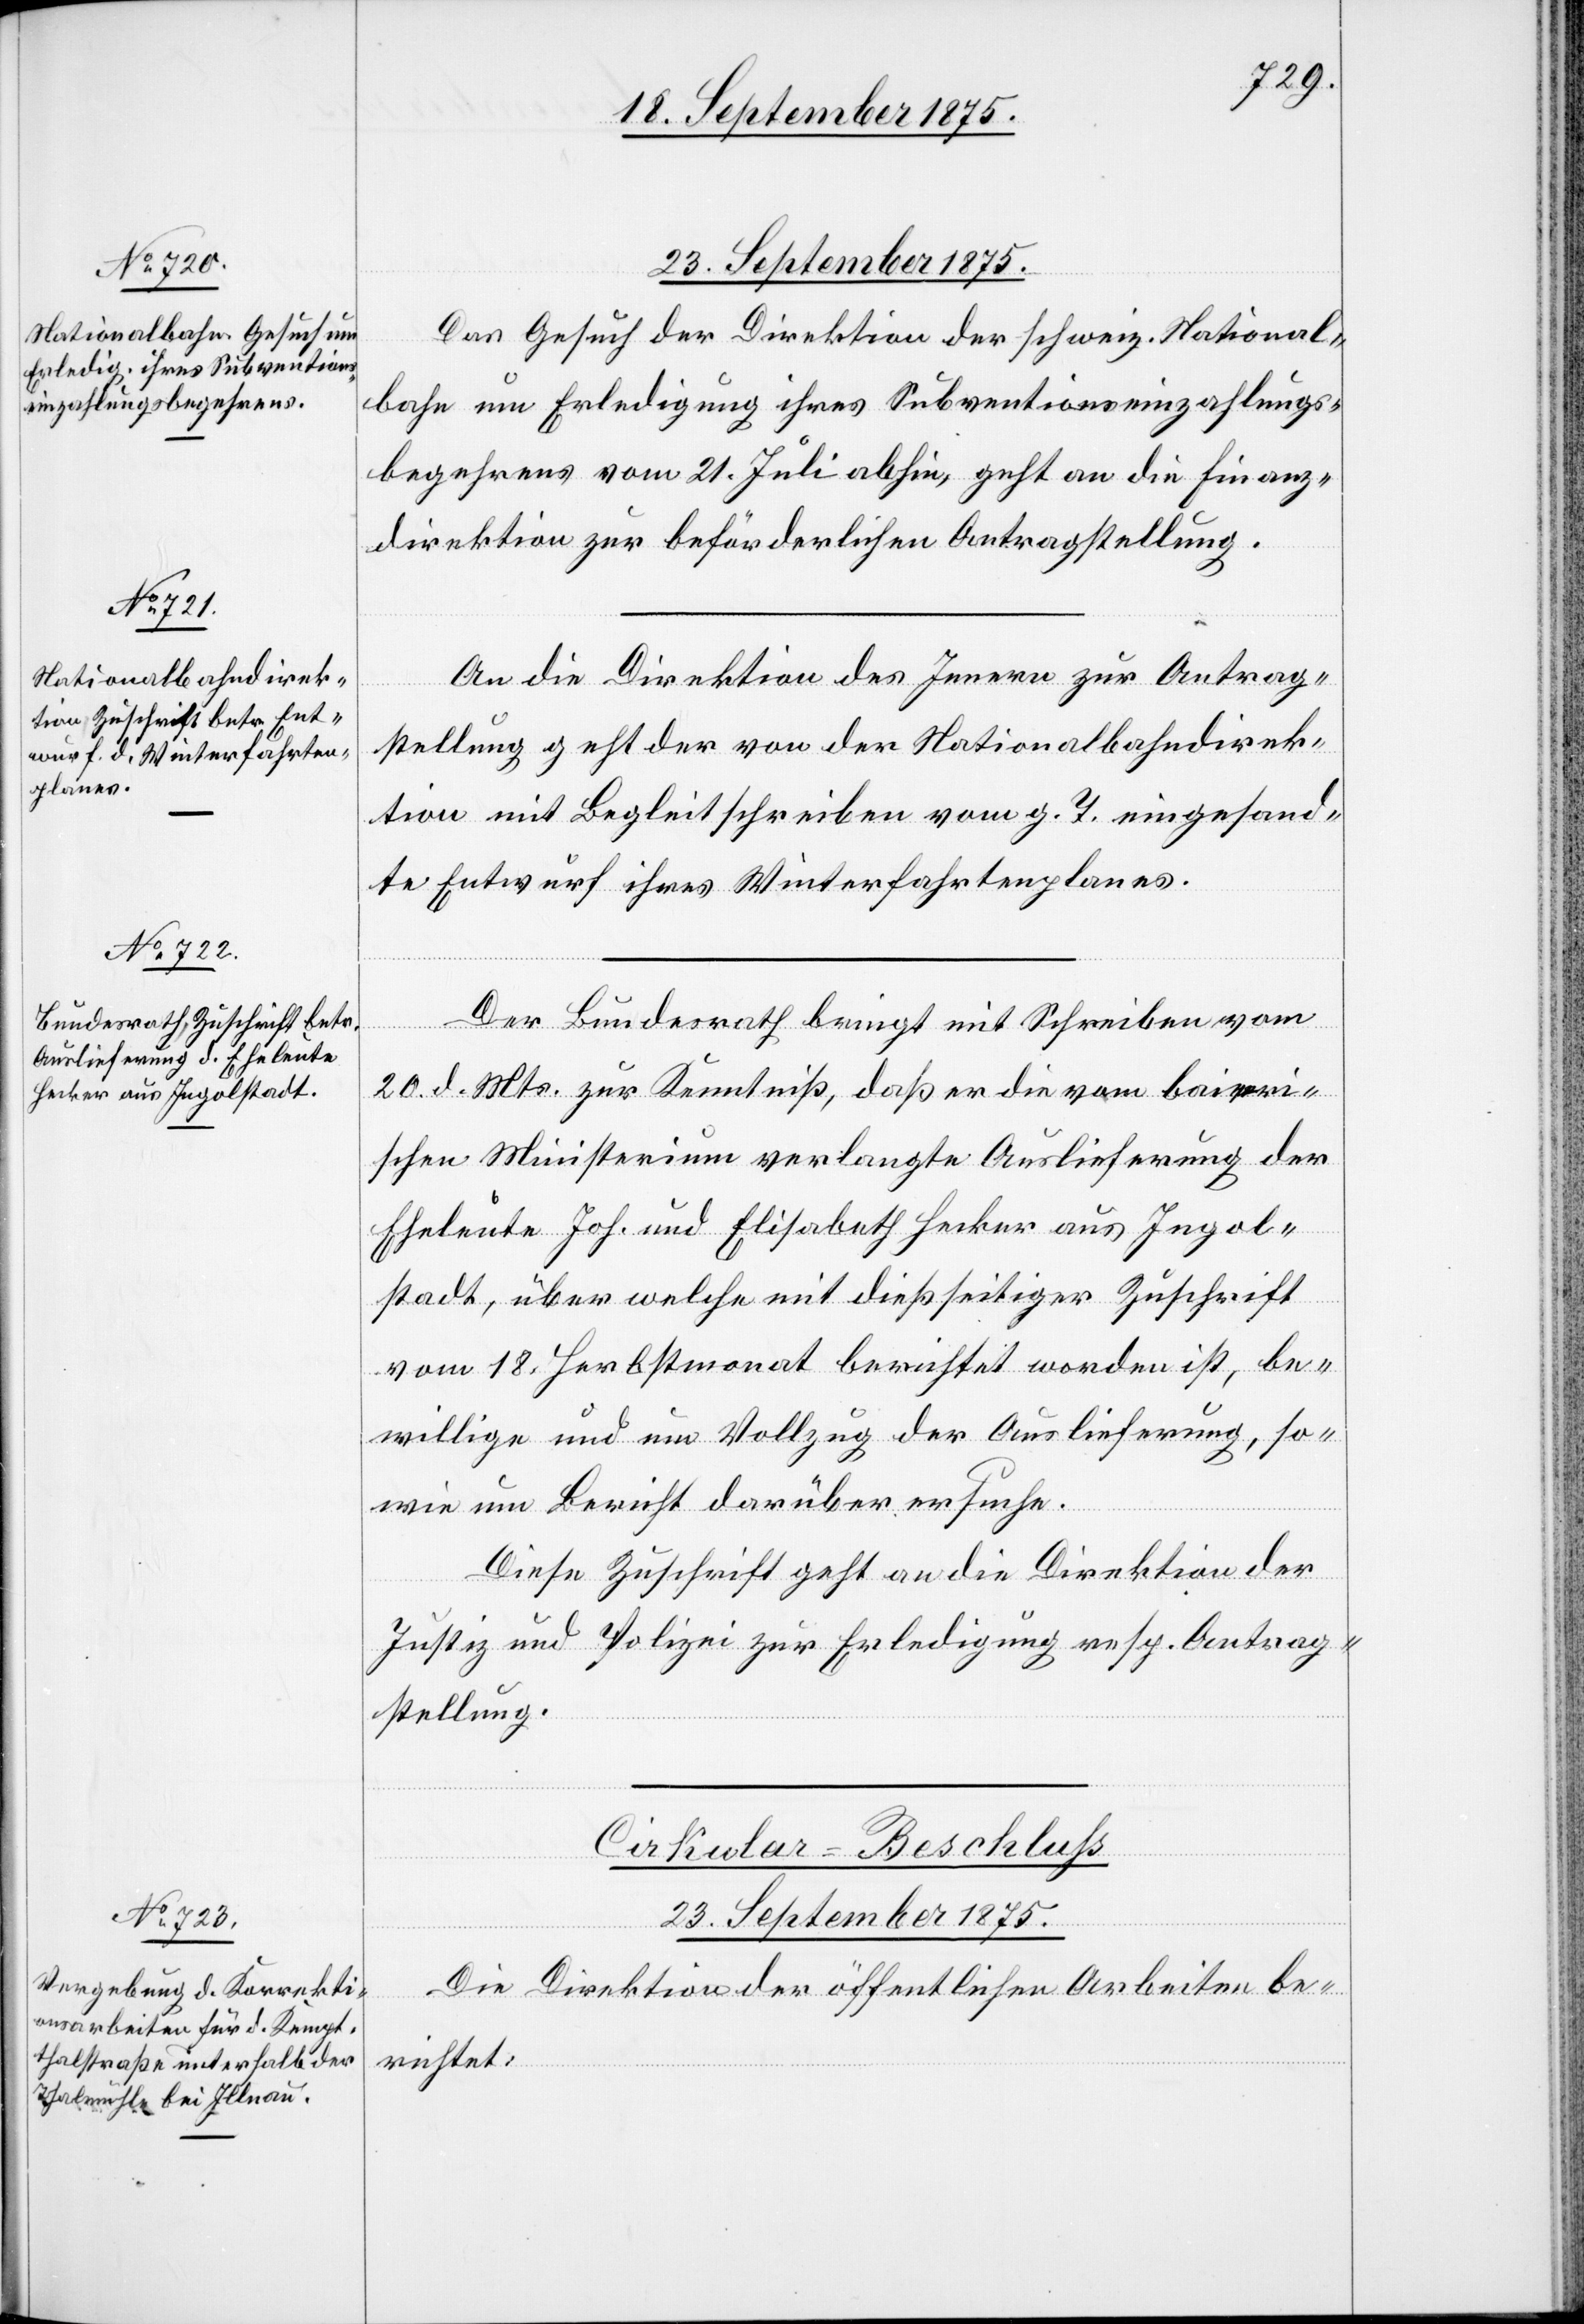
Das Gesuch der Direktion der schweiz. National¬
bahn um Erledigung ihres Subventionseinzahlungs¬
begehrens vom 21. Juli abhin, geht an die Finanz¬
direktion zur beförderlichen Antragstellung.
An die Direktion des Innern zur Antrag¬
stellung geht der von der Nationalbahndirek¬
tion mit Begleitschreiben vom g. T. eingesand¬
te Entwurf ihres Winterfahrtenplanes.
Der Bundesrath bringt mit Schreiben vom
20. d. Mts. zur Kenntniß, daß er die vom baieri¬
schen Ministerium verlangte Auslieferung der
Eheleute Joh. und Elisabeth Hecker aus Ingol¬
stadt, über welche mit dießseitiger Zuschrift
vom 18. Herbstmonat berichtet worden ist, be¬
willige und um Vollzug der Auslieferung, so¬
wie um Bericht darüber ersuche.
Diese Zuschrift geht an die Direktion der
Justiz und Polizei zur Erledigung resp. Antrag¬
stellung.
Cirkular-Beschluß
23. September 1875.
Die Direktion der öffentlichen Arbeiten be¬
richtet: